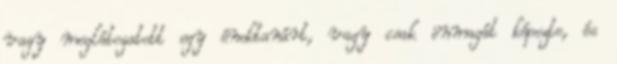
vagy meglátogatott egy énektanárt, vagy csak önmagát képezte, és